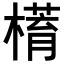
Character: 𣚥